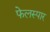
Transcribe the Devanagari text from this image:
फेलस्पार